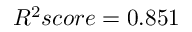
R ^ { 2 } s c o r e = 0 . 8 5 1